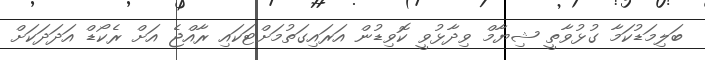
ބަލިމަޑުކަމާ ގުޅުވާތީ ޝިޔާމް ވިދާޅުވީ ކޮވިޑުން އަރައިގަތުމަށްޓަކައި ރާއްޖެ އަށް ރެކޯޑް އަދަދަކަށް